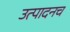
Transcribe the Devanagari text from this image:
उत्पादनच